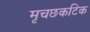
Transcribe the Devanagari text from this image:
मृचछकटिक